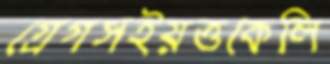
গ্রেগসইয়ত্তকেলি